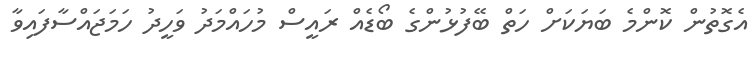
އެގޮތުން ކޮންމެ ބަޔަކަށް ހަތް ބޭފުޅުންގެ ބޯޑެއް ރައީސް މުހައްމަދު ވަހީދު ހަމަޖައްސާފައިވާ